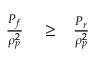
\begin{array} { r l r } { \frac { P _ { f } } { \rho _ { p } ^ { 2 } } } & { { } \ge } & { \frac { P _ { r } } { \rho _ { p } ^ { 2 } } } \end{array}